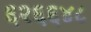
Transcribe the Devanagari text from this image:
६२६६४८